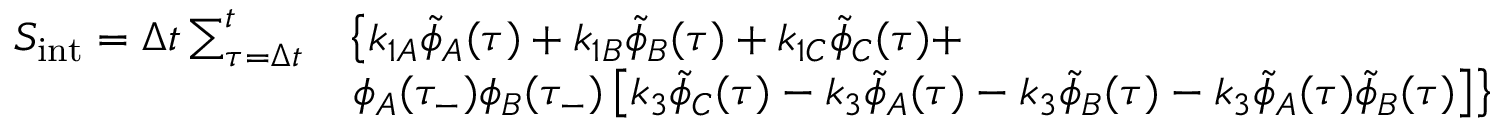
\begin{array} { r l } { S _ { \mathrm { i n t } } = \Delta t \sum _ { \tau = \Delta t } ^ { t } } & { \left\lbrace k _ { 1 A } \tilde { \phi } _ { A } ( \tau ) + k _ { 1 B } \tilde { \phi } _ { B } ( \tau ) + k _ { 1 C } \tilde { \phi } _ { C } ( \tau ) + \right. } \\ & { \left. \phi _ { A } ( \tau _ { - } ) \phi _ { B } ( \tau _ { - } ) \left[ k _ { 3 } \tilde { \phi } _ { C } ( \tau ) - k _ { 3 } \tilde { \phi } _ { A } ( \tau ) - k _ { 3 } \tilde { \phi } _ { B } ( \tau ) - k _ { 3 } \tilde { \phi } _ { A } ( \tau ) \tilde { \phi } _ { B } ( \tau ) \right] \right\rbrace } \end{array}